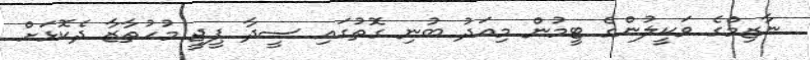
ނާޒިމްގެ ވަކީލުންގެ ޓީމުން މިއަދު ބުނި ގޮތުގައި ސީދާ ޕީޖީ މުހުތާޒާ ދެކޮޅަށް